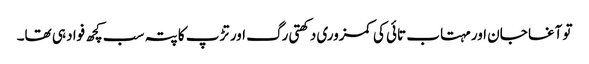
تو آغا جان اور مہتاب تائی کی کمزوری دکھتی رگ اور تڑپ کا پتہ سب کچھ فواد ہی تھا۔